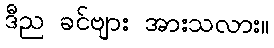
ဒီည ခင်ဗျား အားသလား။